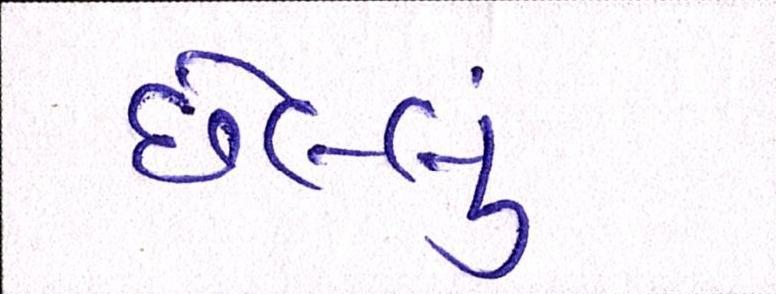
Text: છેલ્લું